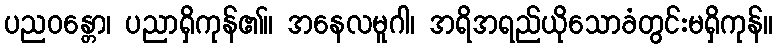
ပညဝန္တော၊ ပညာရှိကုန်၏။ အနေလမူဂါ၊ အရိအရည်ယိုသောခံတွင်းမရှိကုန်။